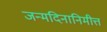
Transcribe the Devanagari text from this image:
जन्मदिनानिमीत्त